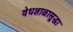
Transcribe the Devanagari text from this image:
वेधशाळासुद्धा